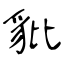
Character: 豼